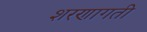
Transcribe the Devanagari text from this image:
शरणागती